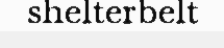
shelterbelt